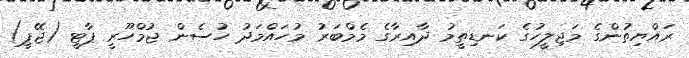
ރައްޔިތުންގެ މަޖިލީހުގެ ކަނޑިތީމު ދާއިރާގެ މެމްބަރު މުހައްމަދު ހުސެން ޖުމްހޫރީ ޕާޓީ (ޖޭޕީ)